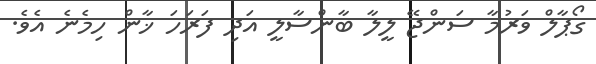
ގޯޕާލް ވަރުމާ ސަންޖޭ ލީލާ ބާންސާލީ އަދި ފަރަހަ ޚާން ހިމެނެ އެވެ.